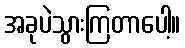
အခုပဲသွားကြတာပေါ့။